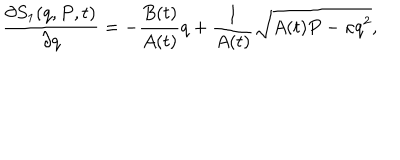
LaTeX: \frac { \partial S _ { 1 } ( q , P , t ) } { \partial q } = - \frac { B ( t ) } { A ( t ) } q + \frac { 1 } { A ( t ) } \sqrt { A ( t ) P - \kappa q ^ { 2 } } ,